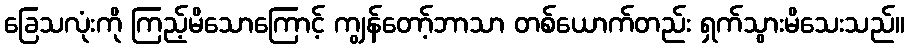
ခြေသလုံးကို ကြည့်မိသောကြောင့် ကျွန်တော့်ဘာသာ တစ်ယောက်တည်း ရှက်သွားမိသေးသည်။